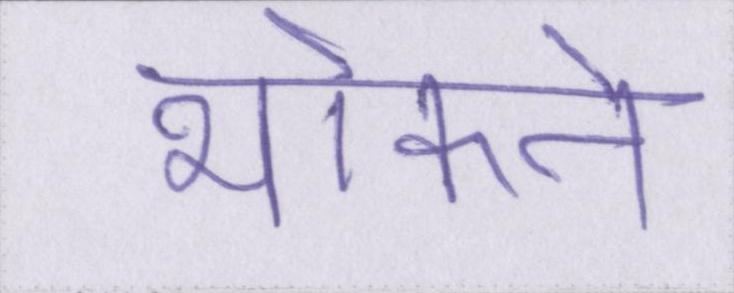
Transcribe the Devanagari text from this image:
भोकने